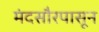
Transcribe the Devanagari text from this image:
मंदसौरपासून